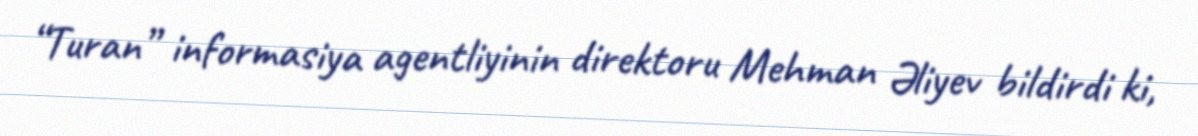
“Turan” informasiya agentliyinin direktoru Mehman Əliyev bildirdi ki,